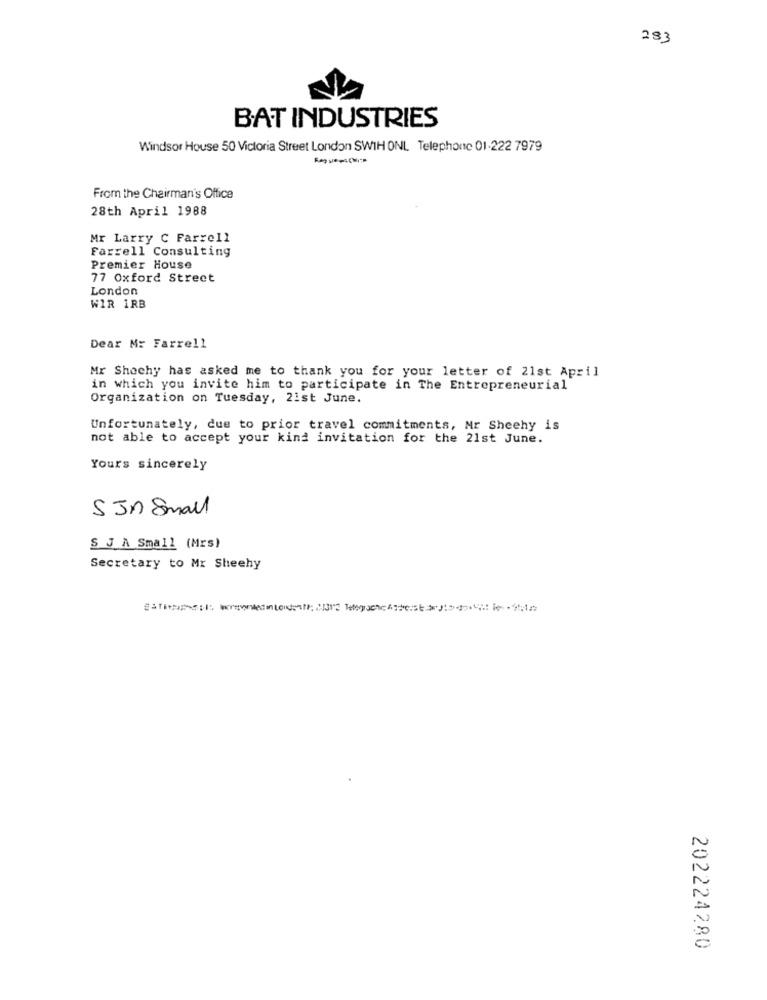
293
BAT INDUSTRIES
Windsor House 50 Victoria Street London SWIH ONL Telephone 01-222 7979
From the Chairman's Office
28th April 1988
Mr Larry C Farrell
Farrell Consulting
Premier House
77 Oxford Street
London
WIR 1RB
Dear Mr Farrell
Mr Shochy has asked me to thank you for your letter of 21st April
in which you invite him to participate in The Entrepreneurial
Organization on Tuesday, 21st June.
Unfortunately, due to prior travel commitments, Mr Sheehy is
not able to accept your kind invitation for the 21st June.
Yours sincerely
S Jn Small
S J A Small (Mrs)
Secretary to Mr Sheehy
202224280